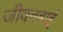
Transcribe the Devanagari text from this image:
जीवनबाई